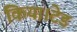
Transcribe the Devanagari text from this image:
किया।टेड